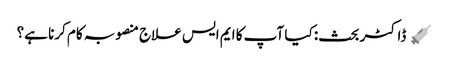
﻿ 💉 ڈاکٹر بحث: کیا آپ کا ایم ایس علاج منصوبہ کام کرنا ہے؟